Civil Veterinary Department. Central Provinces & Berar 1925-31 - 1925-1931
Year: 1925
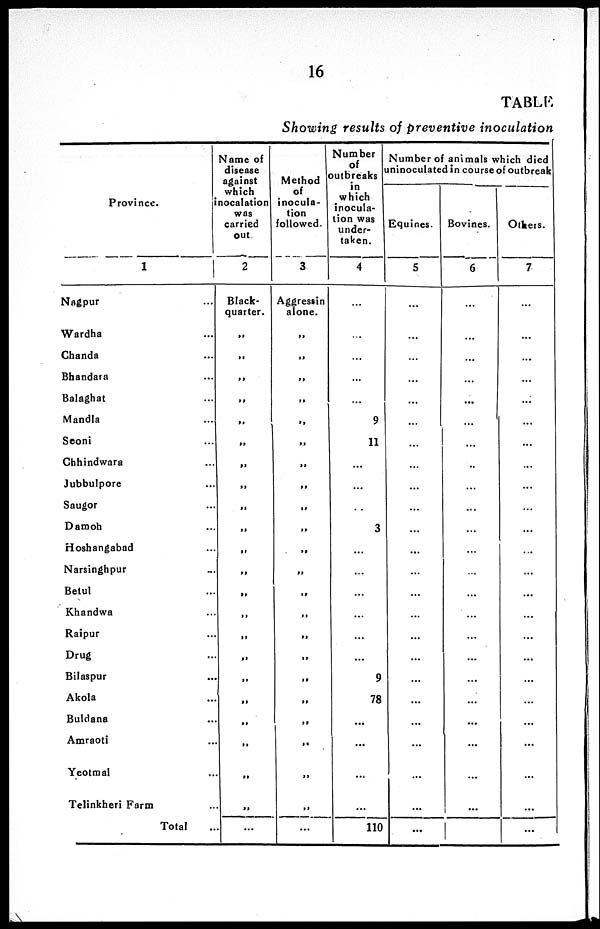
16
TABLE
Showing results of preventive inoculation
Province.
1
Nagpur ...
Wardha ...
Chanda ...
Bhandara ...
Balaghat ...
Mandla ...
Seoni ...
Chhindwara ...
Jubbulpore ...
Saugor ...
Damoh ...
Hoshangabad ...
Narsinghpur ...
Betul ...
Khandwa ...
Raipur ...
Drug ...
Bilaspur ...
Akola ...
Buldana ...
Amraoti ...
Yeotmal ...
Telinkheri Farm ...
Total ...
Name of
disease
against
which
inocalation
was
carried
out
2
Black-
quarter.
„
„
„
„
„
„
„
„
„
„
„
„
„
„
„
„
„
„
„
„
„
„
Method
of
inocula-
tion
followed.
3
Aggressin
alone.
„
„
„
„
„
„
„
„
„
„
„
„
„
„
„
„
„
„
„
„
„
„
...
Number
of
outbreaks
in
which
inocula-
tion was
under-
taken.
4
...
...
...
...
...
9
11
...
...
...
3
...
...
...
...
...
...
9
78
...
...
...
...
110
Number of animals which died
uninoculated in course of outbreak
Equines.
5
...
...
...
...
...
...
...
...
...
...
...
...
...
...
...
...
...
...
...
...
...
...
...
...
Bovines.
6
...
...
...
...
...
...
...
...
...
...
...
...
...
...
...
...
...
...
...
...
...
...
...
...
Others.
7
...
...
...
...
...
...
...
...
...
...
...
...
...
...
...
...
...
...
...
...
...
...
...
...